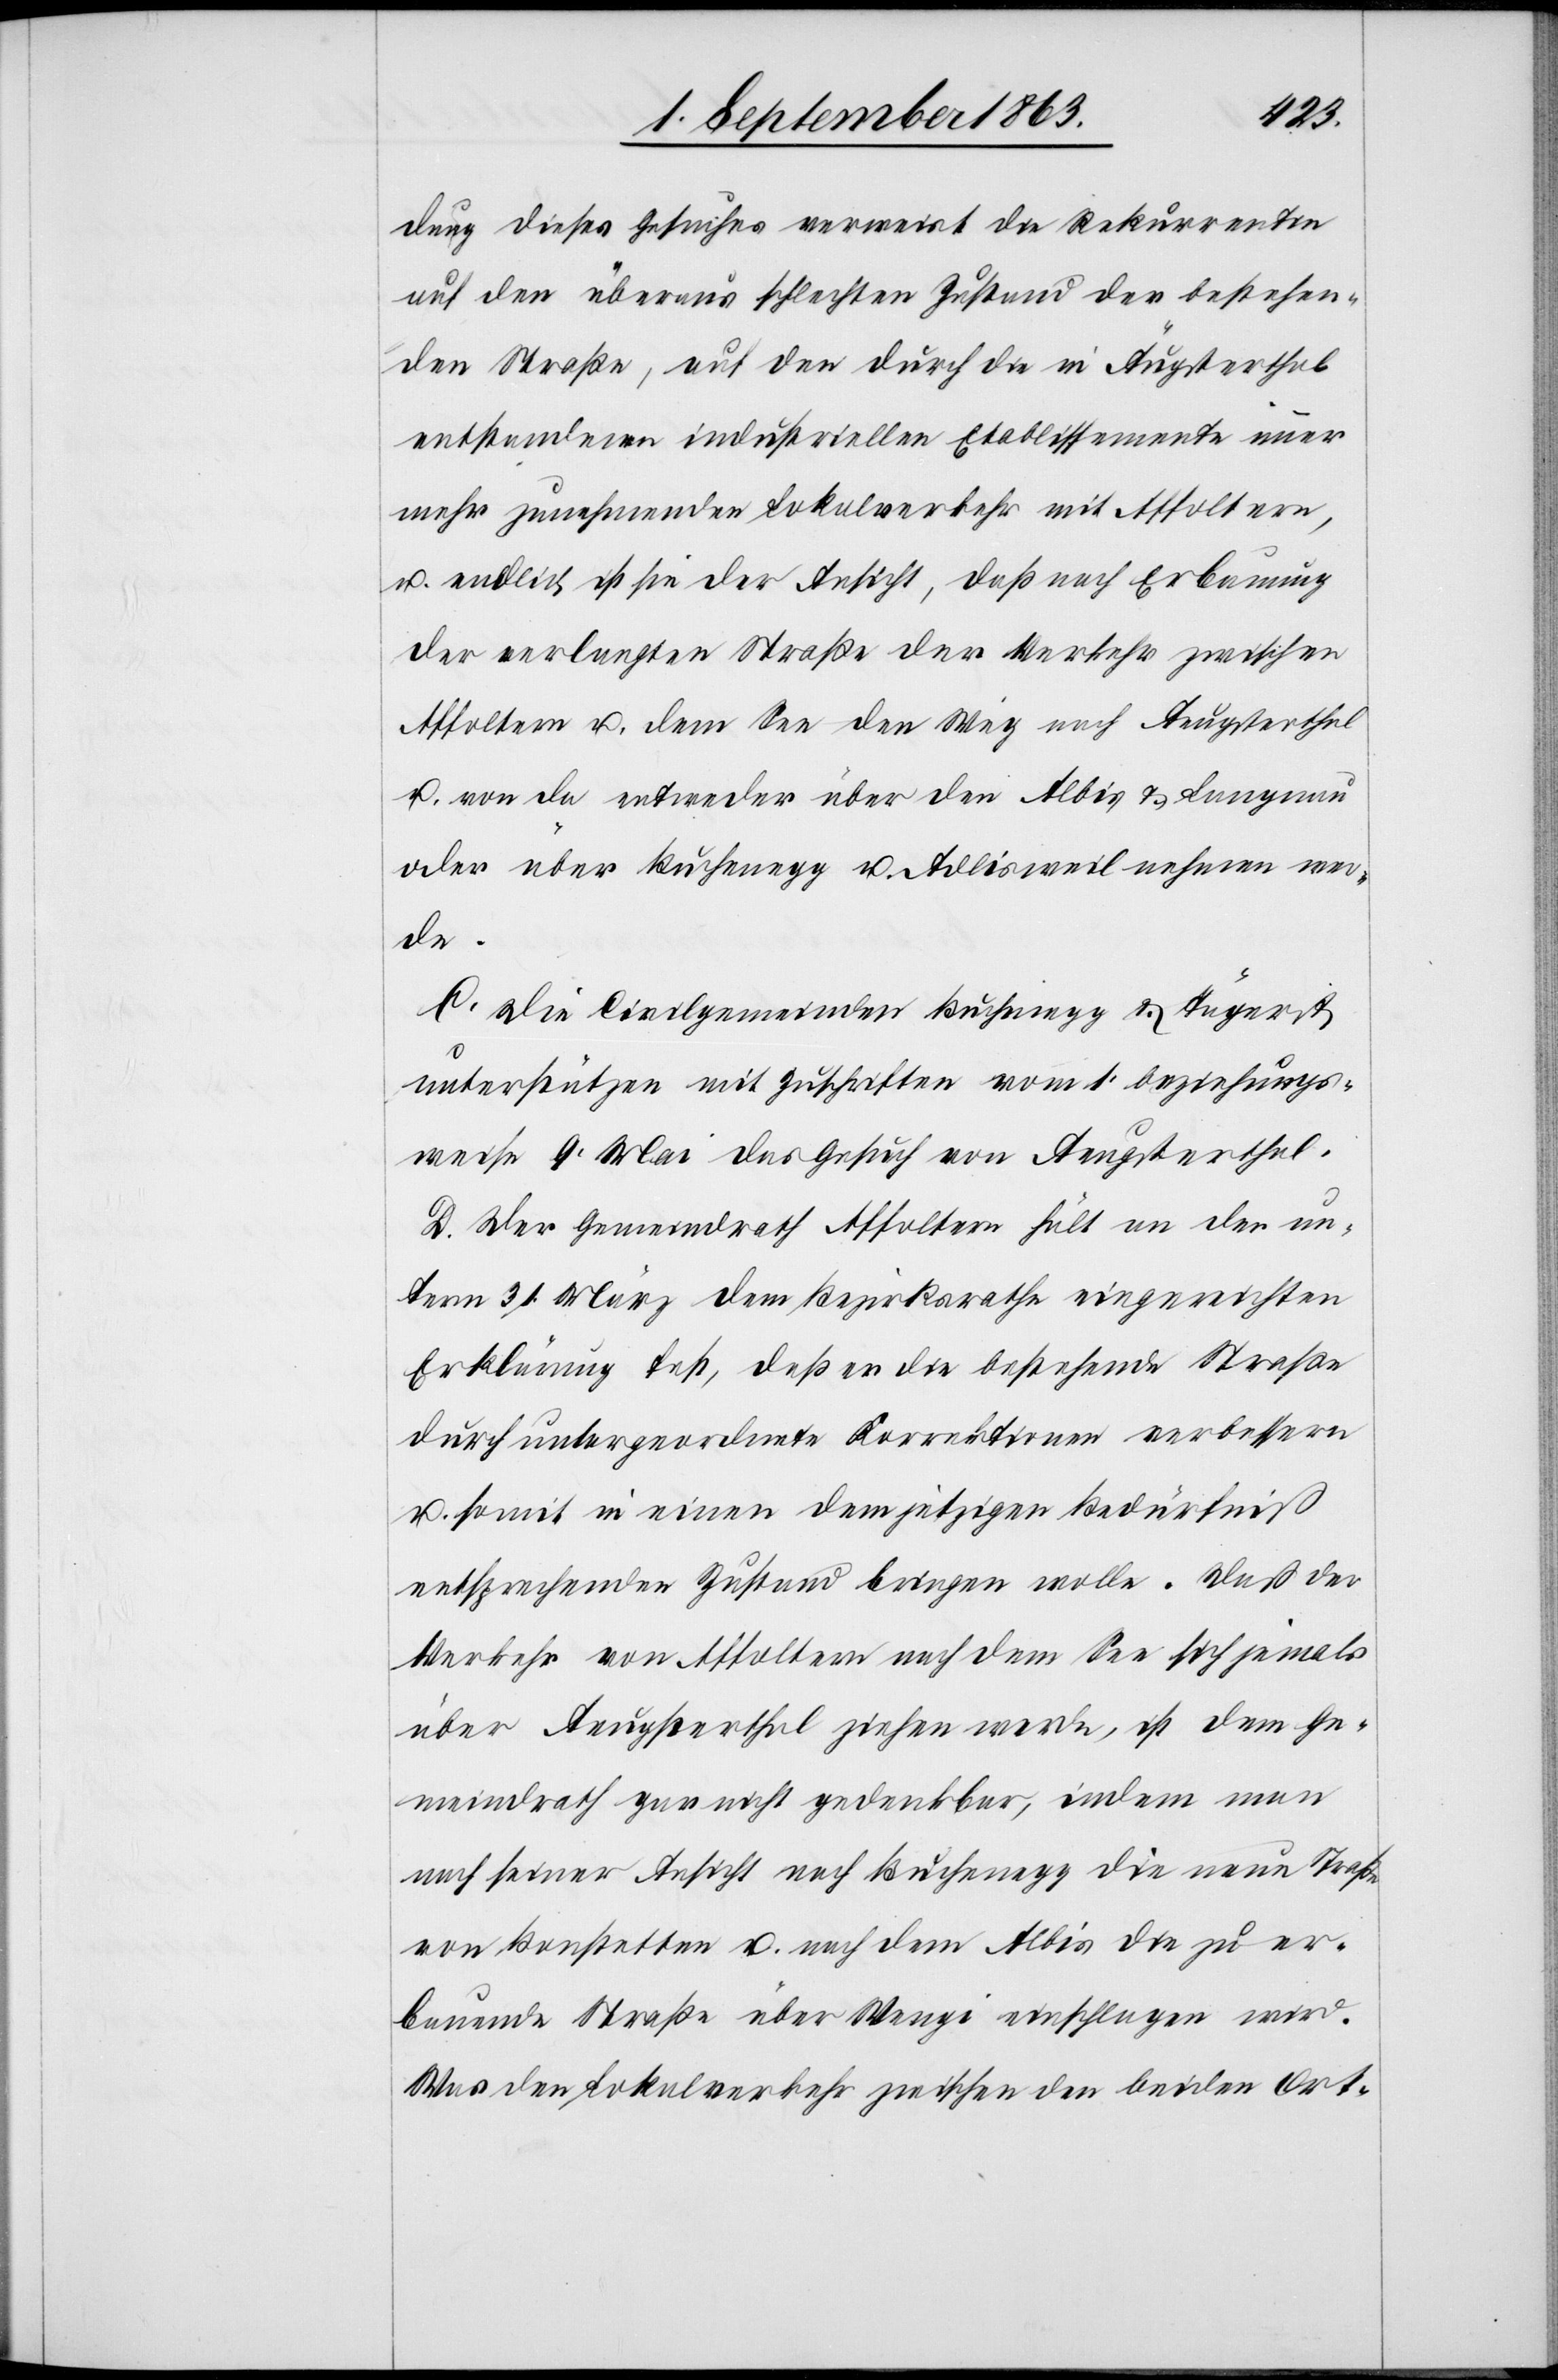
dung dieses Gesuches verweist die Rekurrentin
auf den überaus schlechten Zustand der bestehen¬
den Straße, auf den durch die in Äugsterthal
entstandenen industriellen Etablissemente immer
mehr zunehmenden Lokalverkehr mit Affoltern,
u. endlich ist sie der Ansicht, daß nach Erbauung
der verlangten Straße der Verkehr zwischen
Affoltern u. dem See den Weg nach Aeugsterthal
u. von da entweder über den Albis & Langnau
oder über Buchenegg u. Adlisweil nehmen wer¬
de.
C. Die Civilgemeinden Buchenegg & Tägerst
unterstützen mit Zuschriften vom 1. beziehungs¬
weise 9. Mai das Gesuch von Aeugsterthal.
D. Der Gemeindrath Affoltern hält an der un¬
term 31. März dem Bezirksrathe eingereichten
Erklärung fest, daß er die bestehende Straße
durch untergeordnete Korrektionen verbessern
u. somit in einen dem jetzigen Bedürfniß
entsprechenden Zustand bringen wolle. Daß der
Verkehr von Affoltern nach dem See sich jemals
über Aeugsterthal ziehen werde, ist dem Ge¬
meindrath gar nicht gedenkbar, indem man
nach seiner Ansicht nach Buchenegg die neue Straße
von Bonstetten u. nach dem Albis die zu er¬
bauende Straße über Wengi einschlagen wird.
Was den Lokalverkehr zwischen den beiden Ort-